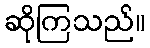
ဆိုကြသည်။